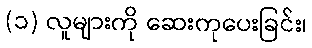
(၁) လူများကို ဆေးကုပေးခြင်း၊